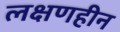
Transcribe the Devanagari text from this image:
लक्षणहीन